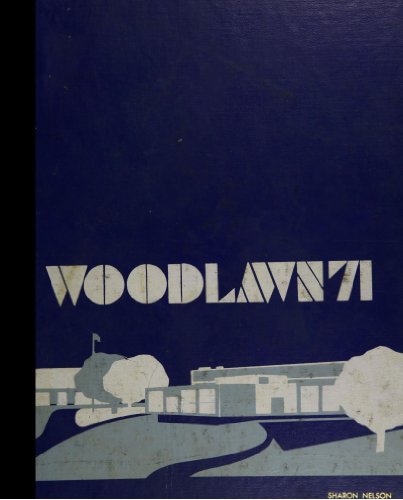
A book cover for (Reprint) 1971 Yearbook: Woodlawn High School, Baltimore, Maryland; Reference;